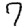
Digit: 7